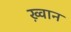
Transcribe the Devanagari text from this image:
ख़्वान